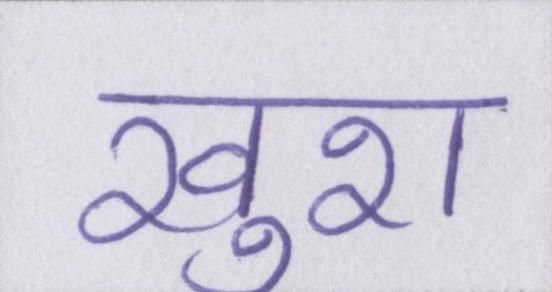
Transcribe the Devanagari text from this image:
खुश